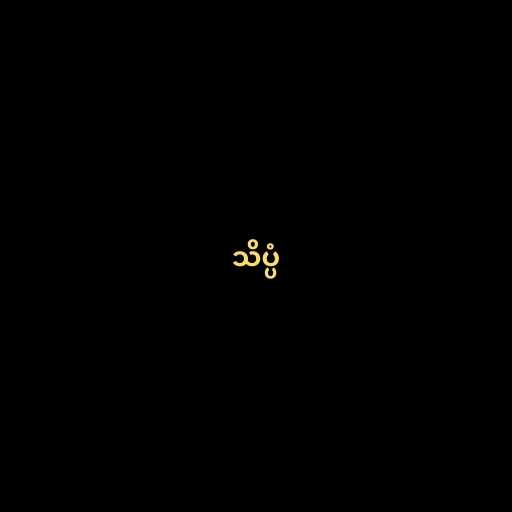
သိပ္ပံ